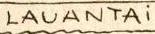
LAUANTAi